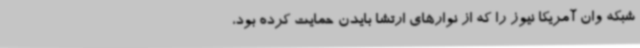
شبکه وان آمریکا نیوز را که از نوارهای ارتشا بایدن حمایت کرده بود،